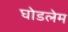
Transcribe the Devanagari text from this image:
घोडलेम